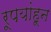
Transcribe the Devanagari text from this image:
रूपयांहून